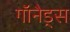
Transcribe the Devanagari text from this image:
गॉनैड्स